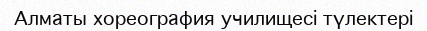
Алматы хореография училищесі түлектері